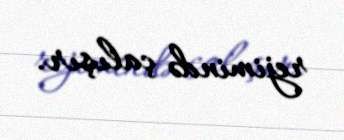
rejimində çalışır.